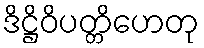
ဒိဋ္ဌိဝိပတ္တိဟေတု